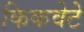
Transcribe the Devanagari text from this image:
किकवेटे